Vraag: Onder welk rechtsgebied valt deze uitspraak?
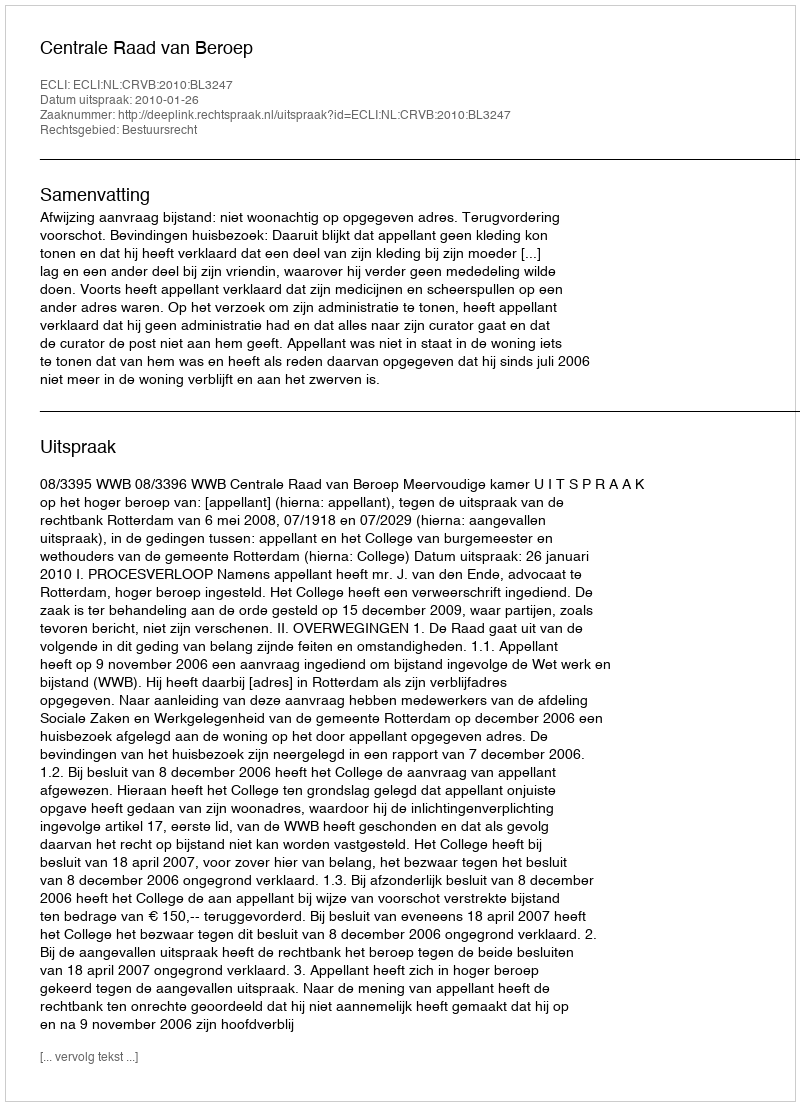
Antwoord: Bestuursrecht